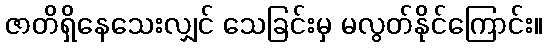
ဇာတိရှိနေသေးလျှင် သေခြင်းမှ မလွတ်နိုင်ကြောင်း။